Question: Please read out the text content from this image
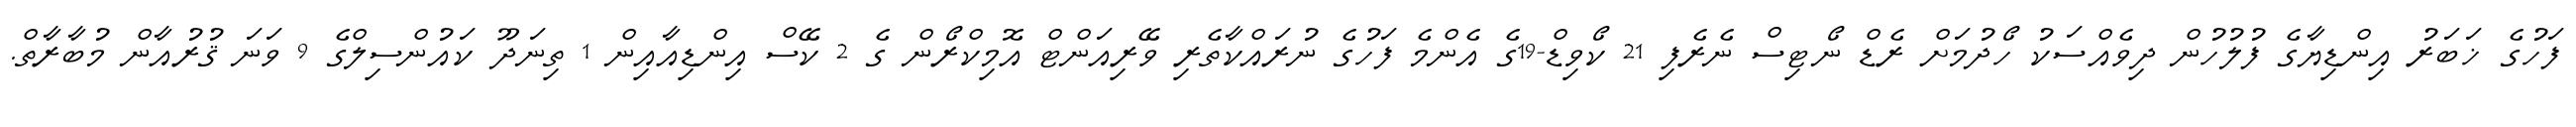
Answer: ފަހުގެ ޚަބަރު އިންޑިޔާގެ ފުލުހުން ދިވެއްސަކު ހޯދުމަށް ރެޑް ނޯޓިސް ނެރެފި 21 ކޯވިޑް-19ގެ އެންމެ ފަހުގެ ނުރައްކާތެރި ވޭރިއަންޓް އޮމިކްރޯން ގެ 2 ކޭސް އިންޑިއާއިން 1 ތިނަދޫ ކައުންސިލްގެ 9 ވަނަ ޤުރުއާން މުބާރާތް.